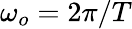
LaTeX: \omega_{o}=2\pi/T